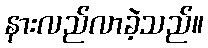
နားလည်လာခဲ့သည်။